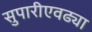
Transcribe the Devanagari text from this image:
सुपारीएवढ्या